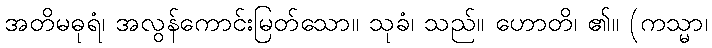
အတိမဓုရံ၊ အလွန်ကောင်းမြတ်သော။ သုခံ၊ သည်။ ဟောတိ၊ ၏။ (ကသ္မာ၊